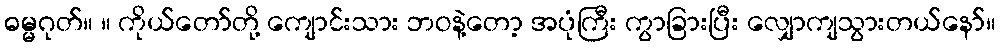
ဓမ္မဂုတ်။ ။ ကိုယ်တော်တို့ ကျောင်းသား ဘဝနဲ့တော့ အပုံကြီး ကွာခြားပြီး လျှောကျသွားတယ်နော်။